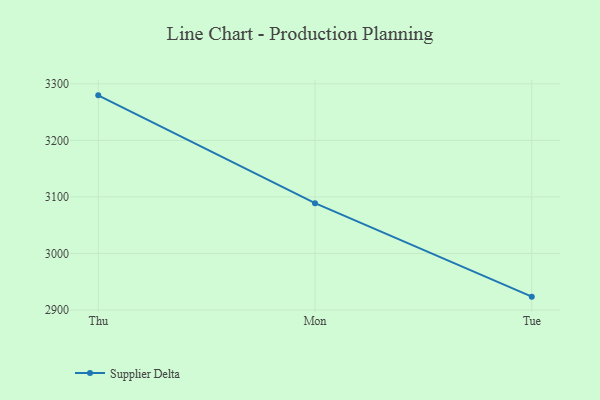
{"axis": {"x": "Day", "y": "Customer Acquisition Cost (USD)"}, "legend": ["Supplier Delta"], "data": [{"x": "Thu", "y": 3279.7, "type": "Supplier Delta"}, {"x": "Mon", "y": 3089.0, "type": "Supplier Delta"}, {"x": "Tue", "y": 2923.6, "type": "Supplier Delta"}]}